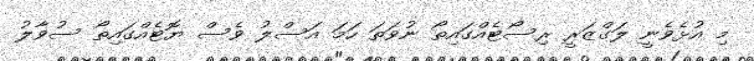
މި އުޅެވެނީ ލަގްޒަރީ ރިސޯޓެއްގައިތޯ ނުވަތަ ހަމަ އަސްލު ވެސް ޔޮޓެއްގައިތޯ ސުވާލު